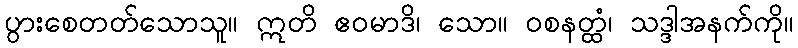
ပွားစေတတ်သောသူ။ ဣတိ ဧဝမာဒိ၊ သော။ ဝစနတ္ထံ၊ သဒ္ဒါအနက်ကို။